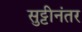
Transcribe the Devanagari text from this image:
सुट्टीनंतर